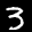
Label: 3